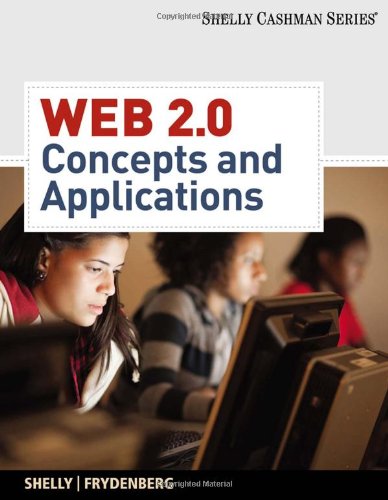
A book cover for Web 2.0: Concepts and Applications (Desktop App Programming); Gary B. Shelly; Computers & Technology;